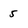
Character: 5